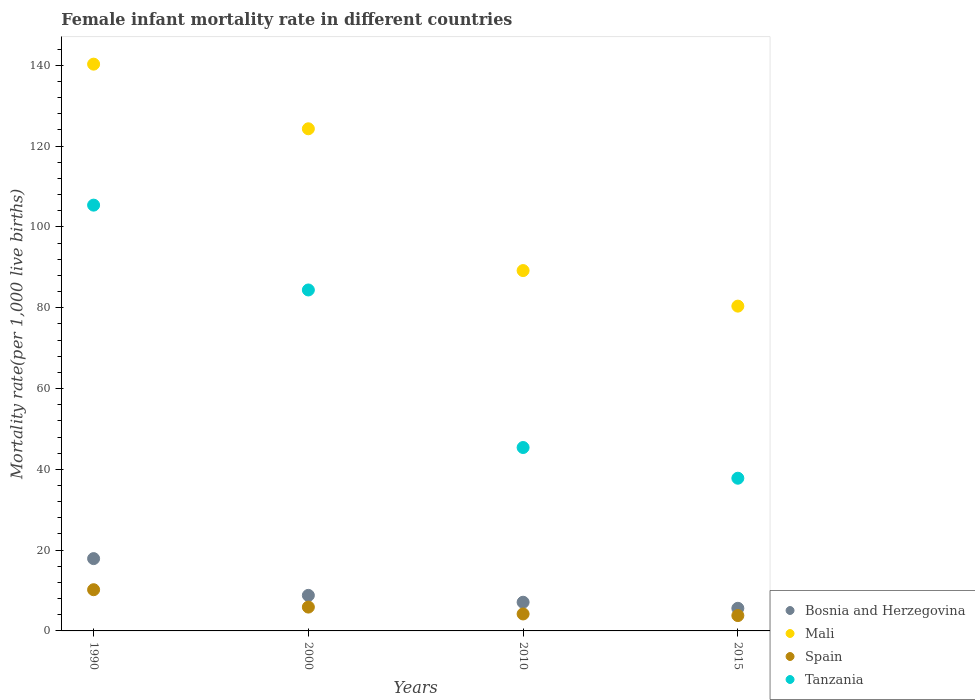
| Years | Bosnia and Herzegovina | Mali | Spain | Tanzania |
 | --- | --- | --- | --- | --- |
 | 1990 | 17.9 | 140 | 10.2 | 105 |
 | 2000 | 8.8 | 124 | 5.9 | 84.4 |
 | 2010 | 7.1 | 89.2 | 4.2 | 45.4 |
 | 2015 | 5.6 | 80.4 | 3.8 | 37.8 |